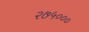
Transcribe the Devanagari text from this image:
२७५०००